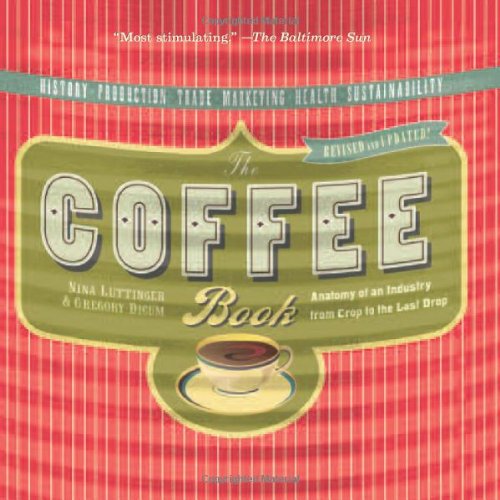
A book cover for The Coffee Book: Anatomy of an Industry from Crop to the Last Drop (Bazaar Book); Nina Luttinger; Cookbooks, Food & Wine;